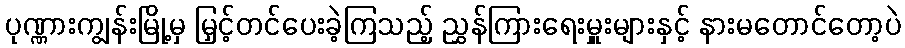
ပုဏ္ဏားကျွန်းမြို့မှ မြှင့်တင်ပေးခဲ့ကြသည့် ညွှန်ကြားရေးမှူးများနှင့် နားမတောင်တော့ပဲ